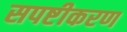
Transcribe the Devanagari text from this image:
सपष्टीकरण